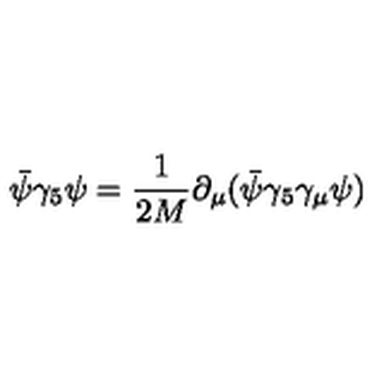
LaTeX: \bar { \psi } \gamma _ { 5 } \psi = \frac { 1 } { 2 M } \partial _ { \mu } ( \bar { \psi } \gamma _ { 5 } \gamma _ { \mu } \psi ) \nonumber